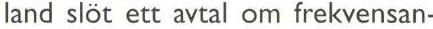
land slöt ett avtal om frekvensan-